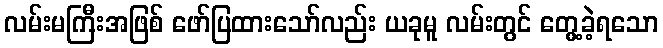
လမ်းမကြီးအဖြစ် ဖော်ပြထားသော်လည်း ယခုမူ လမ်းတွင် တွေ့ခဲ့ရသော